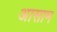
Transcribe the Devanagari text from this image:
अासाम